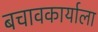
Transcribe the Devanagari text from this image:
बचावकार्याला